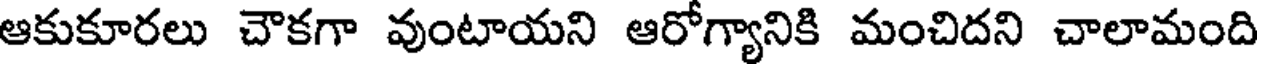
ఆకుకూరలు చౌకగా వుంటాయని ఆరోగ్యానికి మంచిదని చాలామంది